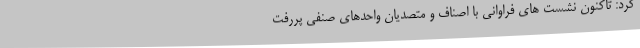
کرد: تاکنون نشست های فراوانی با اصناف و متصدیان واحدهای صنفی پررفت